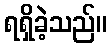
ရရှိခဲ့သည်။